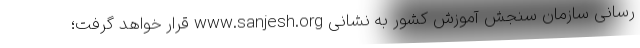
رسانی سازمان سنجش آموزش کشور به نشانی www.sanjesh.org قرار خواهد گرفت؛